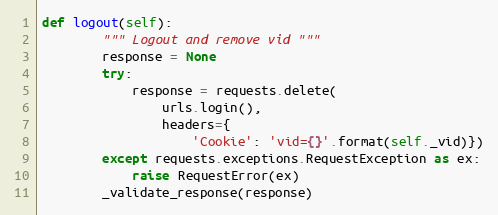
Language: Python
def logout(self):
        """ Logout and remove vid """
        response = None
        try:
            response = requests.delete(
                urls.login(),
                headers={
                    'Cookie': 'vid={}'.format(self._vid)})
        except requests.exceptions.RequestException as ex:
            raise RequestError(ex)
        _validate_response(response)